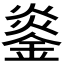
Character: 𬫨